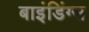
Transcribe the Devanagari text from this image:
बाइंडिंग्स